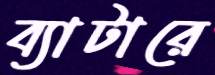
ব্যাটারে